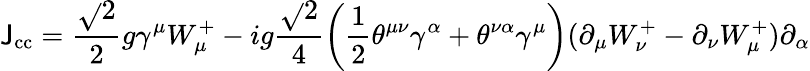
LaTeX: \mathsf{J}_{\mathrm{{cc}}}=\frac{{\sqrt{}{{2}}}}{{2}}g\gamma^{\mu}W_{\mu}^{+}-ig\frac{{\sqrt{}{{2}}}}{{4}}\left(\frac{{1}}{{2}}\theta^{\mu\nu}\gamma^{\alpha}+\theta^{\nu\alpha}\gamma^{\mu}\right)(\partial_{\mu}W_{\nu}^{+}-\partial_{\nu}W_{\mu}^{+})\partial_{\alpha}